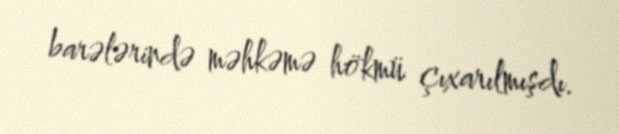
barələrində məhkəmə hökmü çıxarılmışdı.